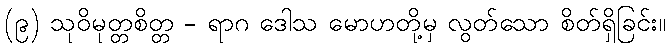
(၉) သုဝိမုတ္တစိတ္တ - ရာဂ ဒေါသ မောဟတို့မှ လွတ်သော စိတ်ရှိခြင်း။